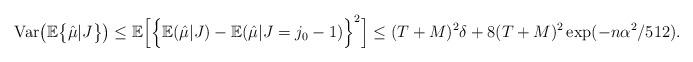
LaTeX: \begin{align*} \mathrm{Var}\bigl( \mathbb{E} \bigl\{ \hat{\mu} | J \bigr\} \bigr) \leq \mathbb{E} \Bigl[ \Bigl\{ \mathbb{E}( \hat{\mu} | J ) - \mathbb{E}( \hat{\mu} | J = j_0-1) \Bigr\}^2 \Bigr] \leq (T+M)^2 \delta + 8(T+M)^2\exp(-n \alpha^2/512).\end{align*}